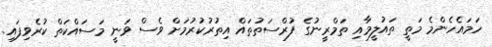
ހަމައެހެންމެ މަތީ ތައުލީމާއި ތަމްރީނުގެ ފުރްސަތުތައް އިތުރުކުރުމަށް ވެސް ވަނީ މަސައްކަތް ކުރެވިފައި.